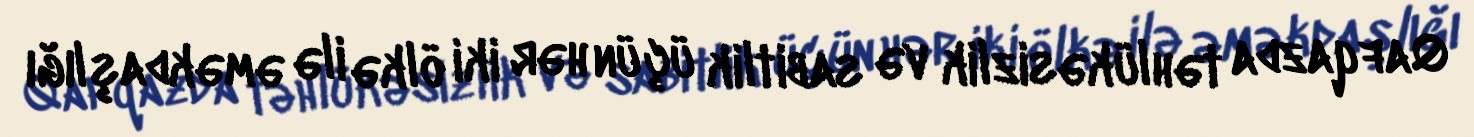
Qafqazda təhlükəsizlik və sabitlik üçün hər iki ölkə ilə əməkdaşlığı